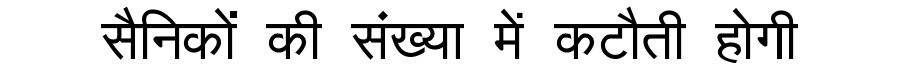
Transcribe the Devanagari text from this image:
सैनिकों की संख्या में कटौती होगी